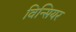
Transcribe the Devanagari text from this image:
विन्सियर